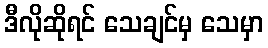
ဒီလိုဆိုရင် သေချင်မှ သေမှာ